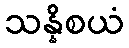
သန္နိစယံ